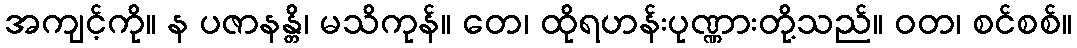
အကျင့်ကို။ န ပဇာနန္တိ၊ မသိကုန်။ တေ၊ ထိုရဟန်းပုဏ္ဏားတို့သည်။ ဝတ၊ စင်စစ်။